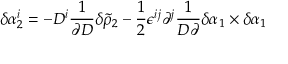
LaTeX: \delta \alpha _ { 2 } ^ { i } = - D ^ { i } { \frac { 1 } { \partial D } } \delta \tilde { \rho } _ { 2 } - { \frac { 1 } { 2 } } \epsilon ^ { i j } \partial ^ { j } { \frac { 1 } { D \partial } } \delta \alpha _ { 1 } \times \delta \alpha _ { 1 }